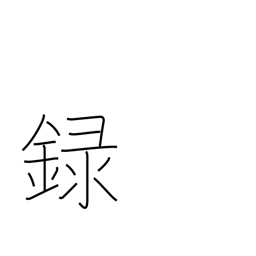
Meaning: record